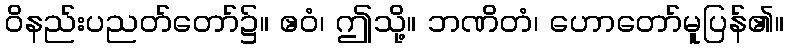
ဝိနည်းပညတ်တော်၌။ ဧဝံ၊ ဤသို့။ ဘဏိတံ၊ ဟောတော်မူပြန်၏။